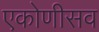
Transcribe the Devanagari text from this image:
एकोणीसव